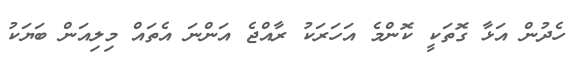
ހެދުން އަޅާ ގޮތަކީ ކޮންމެ އަހަރަކު ރާއްޖެ އަންނަ އެތައް މިލިއަން ބަޔަކު